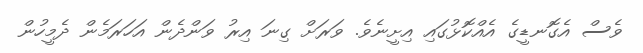
ވެސް އެގޮނޑީގެ އެއްކޮޅުގައި އިށީނެވެ. ވަރަށް ގިނަ އިރު ވަންދެން އަހަރަމެން ދެމީހުން